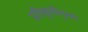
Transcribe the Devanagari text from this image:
प्रतिकृतीनुसार